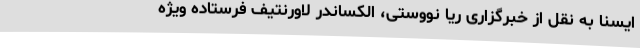
ایسنا به نقل از خبرگزاری ریا نووستی، الکساندر لاورنتیف فرستاده ویژه